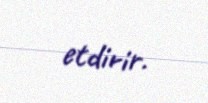
etdirir.